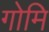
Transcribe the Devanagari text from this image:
गोमि